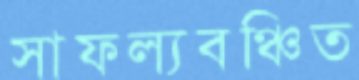
সাফল্যবঞ্চিত